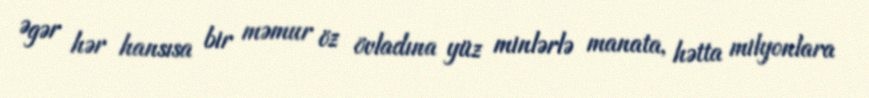
Əgər hər hansısa bir məmur öz övladına yüz minlərlə manata, hətta milyonlara